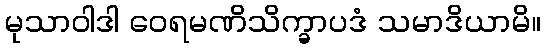
မုသာဝါဒါ ဝေရမဏိသိက္ခာပဒံ သမာဒိယာမိ။